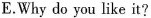
E.Why do you like it?